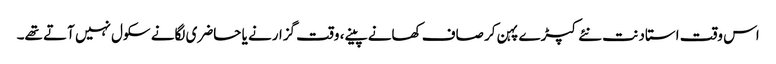
اس وقت استاد نت نئے کپڑے پہن کر صاف کھانے پینے، وقت گزارنے یا حاضری لگانے سکول نہیں آتے تھے۔